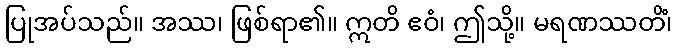
ပြုအပ်သည်။ အဿ၊ ဖြစ်ရာ၏။ ဣတိ ဧဝံ၊ ဤသို့။ မရဏဿတိံ၊